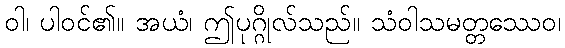
ဝါ၊ ပါဝင်၏။ အယံ၊ ဤပုဂ္ဂိုလ်သည်။ သံဝါသမတ္တဿေဝ၊